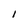
Character: I